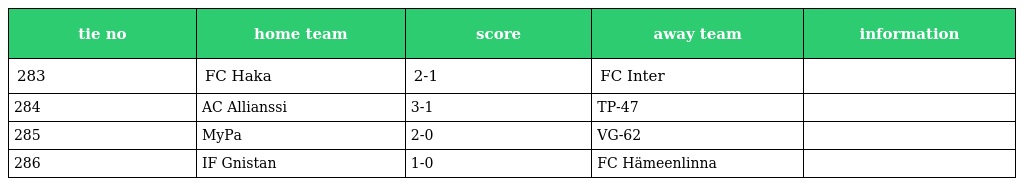
| tie no | home team | score | away team | information |
 | --- | --- | --- | --- | --- |
 | 283 | FC Haka | 2-1 | FC Inter |  |
 | 284 | AC Allianssi | 3-1 | TP-47 |  |
 | 285 | MyPa | 2-0 | VG-62 |  |
 | 286 | IF Gnistan | 1-0 | FC Hämeenlinna |  |